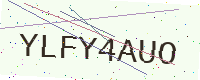
Text: YLFY4AUO